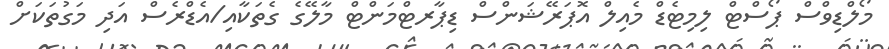
މޯލްޑިވްސް ޕޯސްޓް ލިމިޓެޑް މެއިލް އޮޕަރޭޝަންސް ޑިޕާރޓްމަންޓް މާލޭގެ ގެތަކާއި/އެޑްރެސް އަދި މަގުތަކަށް